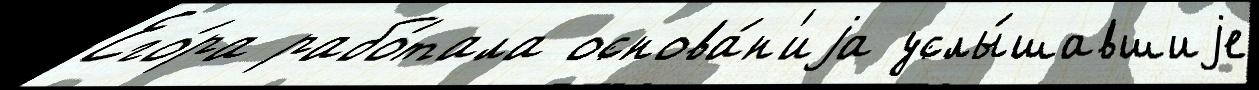
Его́ра рабо́тала основа́н'иjа услы́шавшиjе